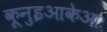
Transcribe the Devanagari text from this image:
कूनुइआकेआ